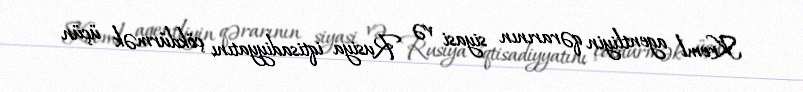
Kreml agentliyin qərarının siyasi və Rusiya iqtisadiyyatını çökdürmək üçün